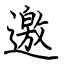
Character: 邀